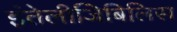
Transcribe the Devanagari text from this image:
इंतेलीजिबिलिस